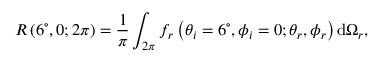
R \left( 6 ^ { \circ } , 0 ; 2 \pi \right) = \frac { 1 } { \pi } \int _ { 2 \pi } f _ { r } \left( \theta _ { i } = 6 ^ { \circ } , \phi _ { i } = 0 ; \theta _ { r } , \phi _ { r } \right) \mathrm { d } \Omega _ { r } ,